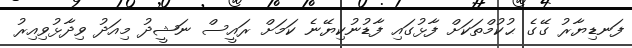
ފަނޑިޔާރު ގޭގެ ޙުކުމްތަކަށް ފާޅުގައި ފާޑުނުކިޔޭނެ ކަމަށް ރައީސް ނަޝީދު މިއަދު ވިދާޅުވިއިރު